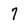
Character: 7